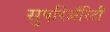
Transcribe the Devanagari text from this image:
सुपरिअॅरिटी